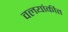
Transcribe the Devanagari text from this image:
वलयांकीत